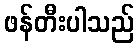
ဖန်တီးပါသည်